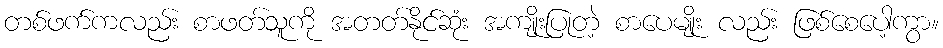
တစ်ဖက်ကလည်း စာဖတ်သူကို အတတ်နိုင်ဆုံး အကျိုးပြုတဲ့ စာပေမျိုး လည်း ဖြစ်စေပေါ့ကွာ။